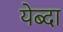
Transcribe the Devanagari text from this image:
येब्दा